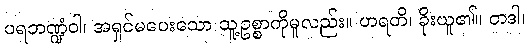
ပရဘဏ္ဍံဝါ၊ အရှင်မပေးသော သူ့ဥစ္စာကိုမူလည်း။ ဟရတိ၊ ခိုးယူ၏။ တဒါ၊